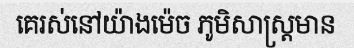
គេរស់នៅយ៉ាងម៉េច ភូមិសាស្ត្រមាន